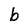
Character: b